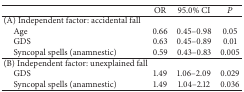
<table><thead><tr><td><b> </b></td><td><b>OR</b></td><td><b>95.0% CI</b></td><td><b><i>P</i></b></td></tr></thead><tbody><tr><td>(A) Independent factor: accidental fall</td><td> </td><td> </td><td> </td></tr><tr><td> Age</td><td>0.66</td><td>0.45–0.98</td><td>0.05</td></tr><tr><td> GDS</td><td>0.63</td><td>0.45–0.89</td><td>0.01</td></tr><tr><td> Syncopal spells (anamnestic)</td><td>0.59</td><td>0.43–0.83</td><td>0.005</td></tr><tr><td>(B) Independent factor: unexplained fall </td><td> </td><td> </td><td> </td></tr><tr><td> GDS</td><td>1.49</td><td>1.06–2.09</td><td>0.029</td></tr><tr><td> Syncopal spells (anamnestic)</td><td>1.49</td><td>1.04–2.12</td><td>0.036</td></tr></tbody></table>